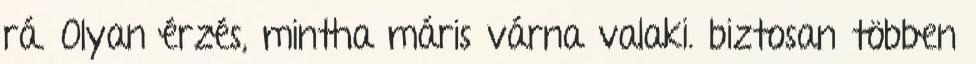
rá. Olyan érzés, mintha máris várna valaki. biztosan többen